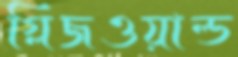
গ্লিজওয়াল্ড